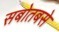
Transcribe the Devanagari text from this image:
सबोतबसे